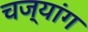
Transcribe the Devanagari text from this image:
चज्यांग